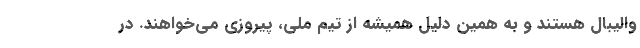
والیبال هستند و به همین دلیل همیشه از تیم ملی، پیروزی می‌خواهند. در